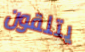
يتلقون